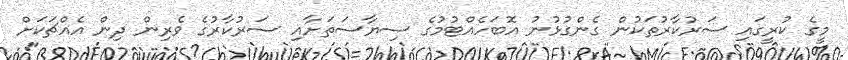
މީގެ ކުރީގައި ސަރުކާރުތަކުން ގެންގުޅުނު އޮބަހެއްޓުމުގެ ސިޔާސަތަށާއި ސަރުކާރުގެ ވެރިން ދިން އެއްޗަކަށް